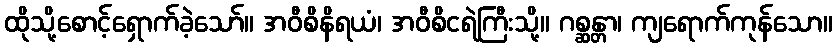
ထိုသို့စောင့်ရှောက်ခဲ့သော်။ အဝီစိနိရယံ၊ အဝီစိငရဲကြီးသို့။ ဂစ္ဆန္တာ၊ ကျရောက်ကုန်သော။